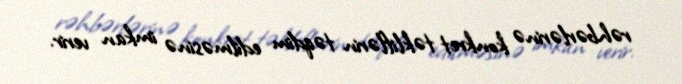
rəhbərlərinə konkret təkliflərin təqdim edilməsinə imkan verir.